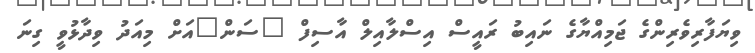
ވިޔަފާރިވެރިންގެ ޖަމިއްޔާގެ ނައިބު ރައީސް އިސްލާއިލް އާސިފް "ސަން"އަށް މިއަދު ވިދާޅުވީ ގިނަ